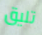
تليق